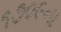
૧૭૦૯ના